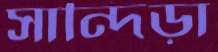
সান্দিড়া